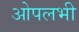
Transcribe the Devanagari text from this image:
ओपलभी